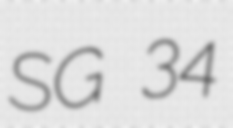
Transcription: SG 34